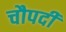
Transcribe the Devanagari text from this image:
चौपदी